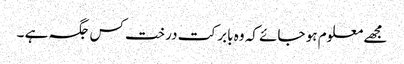
مجھے معلوم ہو جائے کہ وہ بابر کت درخت کس جگہ ہے ۔